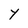
Character: Y